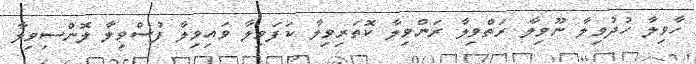
ހާވިލާ ހުދުވިލާ ނޫވިލާ ރަތްވިލާ ރަންވިލާ ކޮތަރިވިލާ ކަފަވިލާ ވައިވިލާ ފުސްވިލާ ލޮންސިވިލާ